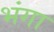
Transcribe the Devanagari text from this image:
भंगा